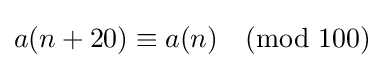
a(n+20)\equiv a(n){\pmod {100}}